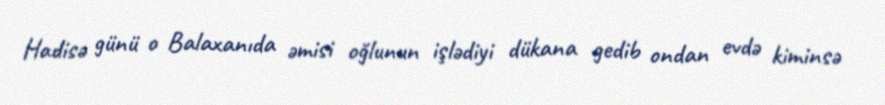
Hadisə günü o Balaxanıda əmisi oğlunun işlədiyi dükana gedib ondan evdə kiminsə